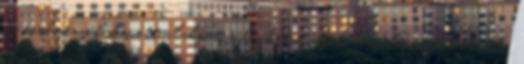
az eredményül kapott alakzat a leghátsó objektum jellemzőit örökli.